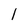
Character: I